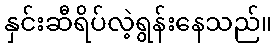
နှင်းဆီရိပ်လဲ့ရွန်းနေသည်။